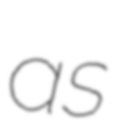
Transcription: as